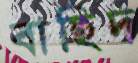
বাছিদ